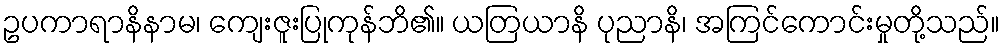
ဥပကာရာနိနာမ၊ ကျေးဇူးပြုကုန်ဘိ၏။ ယတြယာနိ ပုညာနိ၊ အကြင်ကောင်းမှုတို့သည်။